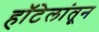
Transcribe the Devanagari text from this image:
हॉटेलांतून